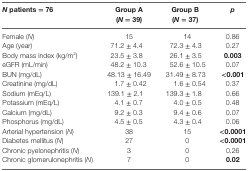
<table><thead><tr><td><b><i>N</i> patients = 76</b></td><td><b>Group A (<i>N</i> = 39)</b></td><td><b>Group B (<i>N</i> = 37)</b></td><td><b><i>p</i></b></td></tr></thead><tbody><tr><td>Female (<i>N</i>)</td><td>15</td><td>14</td><td>0.86</td></tr><tr><td>Age (year)</td><td>71.2 ± 4.4</td><td>72.3 ± 4.3</td><td>0.27</td></tr><tr><td>Body mass index (kg/m<sup>2</sup>)</td><td>23.5 ± 3.8</td><td>26.1 ± 3.5</td><td><b>0.003</b></td></tr><tr><td>eGFR (mL/min)</td><td>48.2 ± 10.3</td><td>52.6 ± 10.5</td><td>0.07</td></tr><tr><td>BUN (mg/dL)</td><td>48.13 ± 16.49</td><td>31.49 ± 8.73</td><td><b>&lt;0.001</b></td></tr><tr><td>Creatinine (mg/dL)</td><td>1.7 ± 0.42</td><td>1.6 ± 0.54</td><td>0.37</td></tr><tr><td>Sodium (mEq/L)</td><td>139.1 ± 2.1</td><td>139.3 ± 1.8</td><td>0.66</td></tr><tr><td>Potassium (mEq/L)</td><td>4.1 ± 0.7</td><td>4.0 ± 0.5</td><td>0.48</td></tr><tr><td>Calcium (mg/dL)</td><td>9.2 ± 0.3</td><td>9.4 ± 0.6</td><td>0.07</td></tr><tr><td>Phosphorus (mg/dL)</td><td>4.5 ± 0.5</td><td>4.3 ± 0.4</td><td>0.06</td></tr><tr><td>Arterial hypertension (<i>N</i>)</td><td>38</td><td>15</td><td><b>&lt;0.0001</b></td></tr><tr><td>Diabetes mellitus (<i>N</i>)</td><td>27</td><td>0</td><td><b>&lt;0.0001</b></td></tr><tr><td>Chronic pyelonephritis (<i>N</i>)</td><td>3</td><td>0</td><td>0.26</td></tr><tr><td>Chronic glomerulonephritis (<i>N</i>)</td><td>7</td><td>0</td><td><b>0.02</b></td></tr></tbody></table>